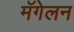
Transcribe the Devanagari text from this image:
मॅगेलन